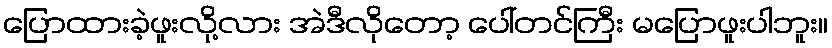
ပြောထားခဲ့ဖူးလို့လား အဲဒီလိုတော့ ပေါ်တင်ကြီး မပြောဖူးပါဘူး။